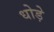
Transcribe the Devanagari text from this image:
धोड़े